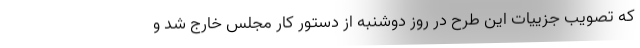
که تصویب جزییات این طرح در روز دوشنبه از دستور کار مجلس خارج شد و